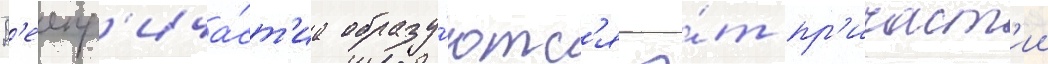
Д'еепр'ича́ст'иа образу́ютс'я о́т пр'ичаст'ии